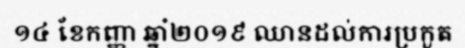
១៤ ខែកញ្ញា ឆ្នាំ២០១៩ ឈានដល់ការប្រកួត